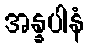
အန္နပါနံ